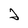
Character: 2